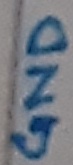
Text: GND